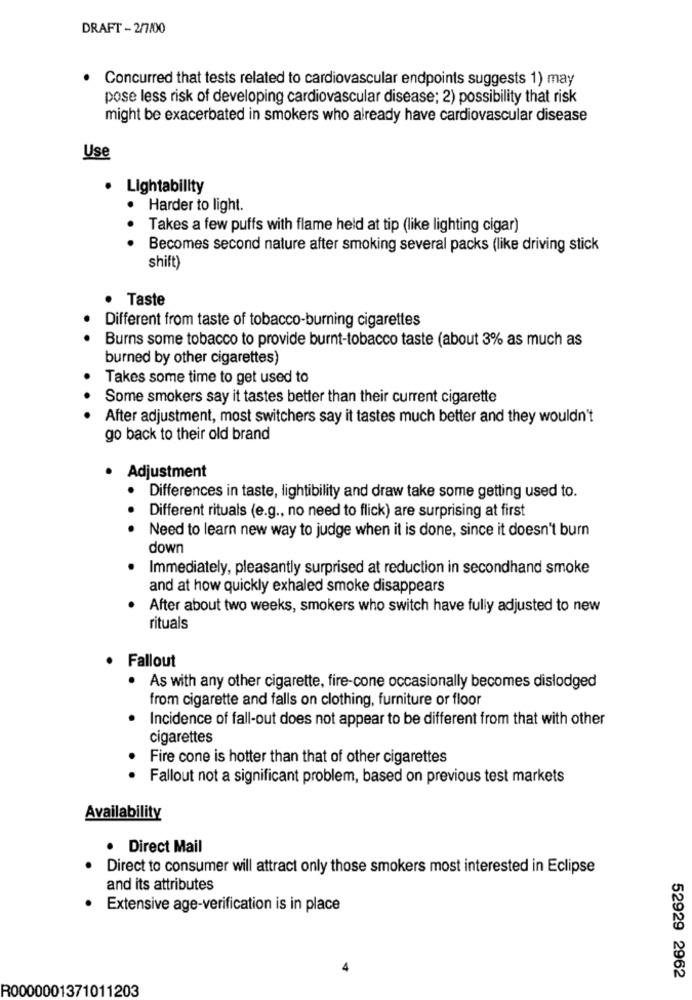
DRAFT - 2/7/00
Concurred that tests related to cardiovascular endpoints suggests 1) may
pose less risk of developing cardiovascular disease; 2) possibility that risk
might be exacerbated in smokers who already have cardiovascular disease
Use
· Lightability
Harder to light.
.
Takes a few puffs with flame held at tip (like lighting cigar)
Becomes second nature after smoking several packs (like driving stick
shift)
Taste
Different from taste of tobacco-burning cigarettes
Burns some tobacco to provide burnt-tobacco taste (about 3% as much as
burned by other cigarettes)
Takes some time to get used to
Some smokers say it tastes better than their current cigarette
After adjustment, most switchers say it tastes much better and they wouldn't
go back to their old brand
Adjustment
Differences in taste, lightibility and draw take some getting used to.
Different rituals (e.g ., no need to flick) are surprising at first
Need to learn new way to judge when it is done, since it doesn't burn
down
Immediately, pleasantly surprised at reduction in secondhand smoke
and at how quickly exhaled smoke disappears
After about two weeks, smokers who switch have fully adjusted to new
rituals
Fallout
· As with any other cigarette, fire-cone occasionally becomes dislodged
from cigarette and falls on clothing, furniture or floor
Incidence of fall-out does not appear to be different from that with other
cigarettes
Fire cone is hotter than that of other cigarettes
Fallout not a significant problem, based on previous test markets
Availability
· Direct Mail
Direct to consumer will attract only those smokers most interested in Eclipse
and its attributes
Extensive age-verification is in place
52929 2962
R0000001371011203